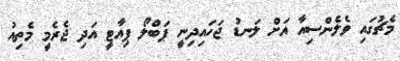
މެޗުގައި ވެލެންސިއާ އަށް ލަނޑު ޖަހައިދިނީ ޕަބްލޯ ޕިއާޓީ އަދި ޖެރެމީ މެތިއު